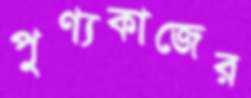
পুণ্যকাজের